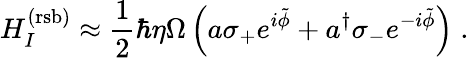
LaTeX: H_{I}^{(\mathrm{rsb)}}\approx\frac{1}{2}\hbar\eta\Omega\left(a\sigma_{+}e^{i\tilde{\phi}}+a^{\dagger}\sigma_{-}e^{-i\tilde{\phi}}\right)\; .